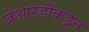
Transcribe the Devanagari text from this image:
जेआरडींकडून